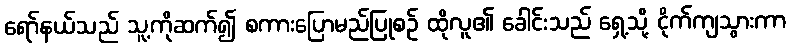
ရော်နယ်သည် သူ့ကိုဆက်၍ စကားပြောမည်ပြုစဉ် ထိုလူ၏ ခေါင်းသည် ရှေ့သို့ ငိုက်ကျသွားကာ